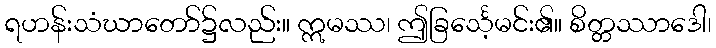
ရဟန်းသံဃာတော်၌လည်း။ ဣမဿ၊ ဤခြင်္သေ့မင်း၏။ စိတ္တဿာဒေါ၊